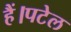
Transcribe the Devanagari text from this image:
हैं।पटेल